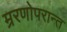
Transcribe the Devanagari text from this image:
म्ररणोपरान्त